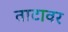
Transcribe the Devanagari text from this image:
ताटावर